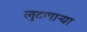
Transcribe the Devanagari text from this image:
लुटणार्‍या